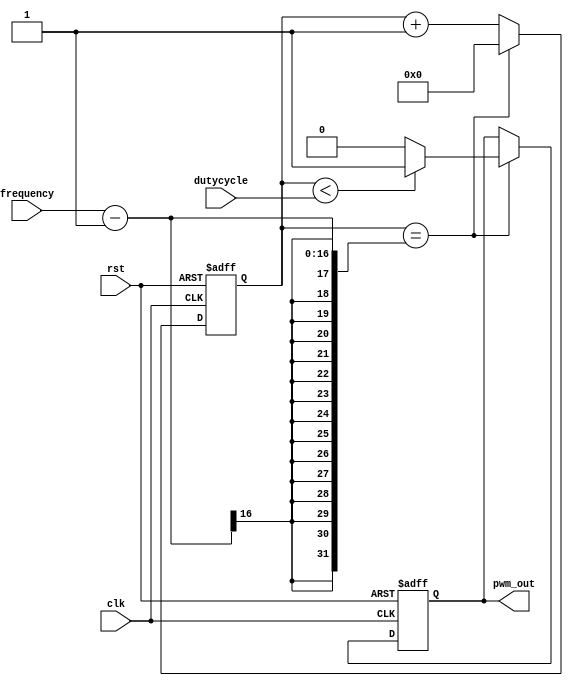
module pwm_timer (
    input wire clk,
    input wire rst,
    input wire [7:0] dutycycle,
    input wire [15:0] frequency,
    output reg pwm_out
);

reg [15:0] count;

always @(posedge clk or posedge rst) begin
    if (rst) begin
        count <= 16'b0;
        pwm_out <= 1'b0;
    end else begin
        if (count == frequency - 1) begin
            count <= 16'b0;
            pwm_out <= (count < dutycycle) ? 1'b1 : 1'b0;
        end else begin
            count <= count + 1;
        end
    end
end

endmodule